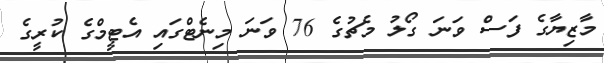
މާޒިޔާގެ ފަސް ވަނަ ގޯލު މެޗުގެ 76 ވަނަ މިނެޓްގައި އެޓީމްގެ ކުރީގެ